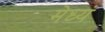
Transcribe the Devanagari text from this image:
मेध्यं